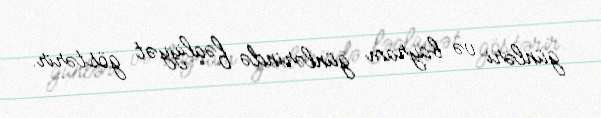
günləri və bayram günlərində fəaliyyət göstərir.